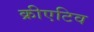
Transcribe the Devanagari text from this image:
क्रीएटिव